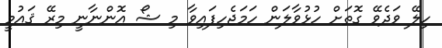
ހިލޭ ވަދެވޭ ގޮތަށް ހުޅުވާލަން ހަމަޖެހިފައިވާ މި ޝޯ އޮންނާނީ މިރޭ ޤައުމީ